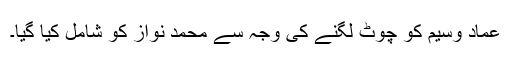
عماد وسیم کو چوٹ لگنے کی وجہ سے محمد نواز کو شامل کیا گیا۔